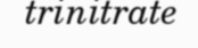
trinitrate